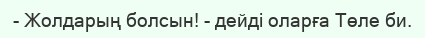
- Жолдарың болсын! - дейді оларға Төле би.